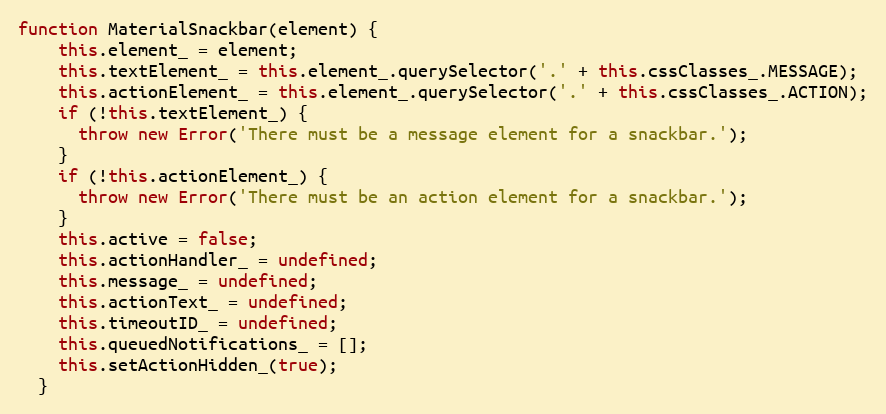
Language: JavaScript
function MaterialSnackbar(element) {
    this.element_ = element;
    this.textElement_ = this.element_.querySelector('.' + this.cssClasses_.MESSAGE);
    this.actionElement_ = this.element_.querySelector('.' + this.cssClasses_.ACTION);
    if (!this.textElement_) {
      throw new Error('There must be a message element for a snackbar.');
    }
    if (!this.actionElement_) {
      throw new Error('There must be an action element for a snackbar.');
    }
    this.active = false;
    this.actionHandler_ = undefined;
    this.message_ = undefined;
    this.actionText_ = undefined;
    this.timeoutID_ = undefined;
    this.queuedNotifications_ = [];
    this.setActionHidden_(true);
  }